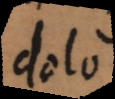
dolo,